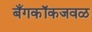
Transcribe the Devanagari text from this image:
बँगकॉकजवळ